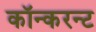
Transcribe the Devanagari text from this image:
कॉन्करन्ट